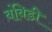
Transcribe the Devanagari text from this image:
बंबिडी